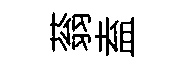
蓊盍